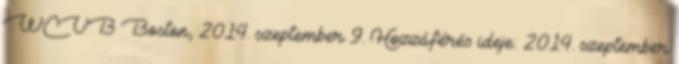
WCVB Boston, 2014. szeptember 9. Hozzáférés ideje: 2014. szeptember